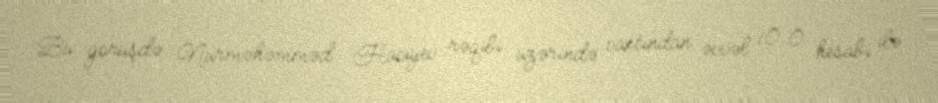
Bu görüşdə Nurməhəmməd Hacıyev rəqibi üzərində vaxtından əvvəl 10:0 hesabı ilə